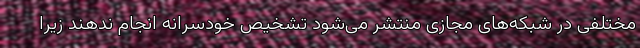
مختلفی در شبکه‌های مجازی منتشر می‌شود تشخیص خودسرانه انجام ندهند زیرا